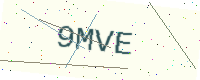
Text: 9MVE